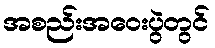
အစည်းအဝေးပွဲတွင်